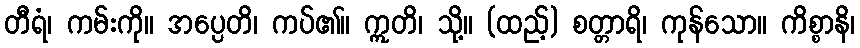
တီရံ၊ ကမ်းကို။ အပ္ပေတိ၊ ကပ်၏။ ဣတိ၊ သို့။ (ထည့်) စတ္တာရိ၊ ကုန်သော။ ကိစ္စာနိ၊